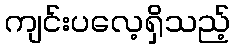
ကျင်းပလေ့ရှိသည့်